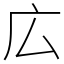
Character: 広